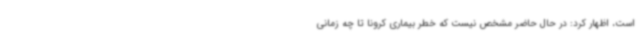
است، اظهار کرد: در حال حاضر مشخص نیست که خطر بیماری کرونا تا چه زمانی